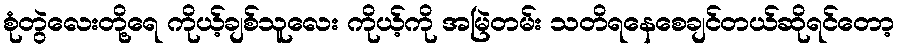
စုံတွဲလေးတို့ရေ ကိုယ့်ချစ်သူလေး ကိုယ့်ကို အမြဲတမ်း သတိရနေစေချင်တယ်ဆိုရင်တော့